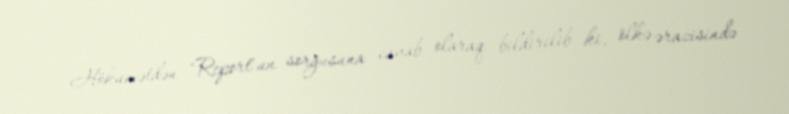
Hökumətdən "Report"un sorğusuna cavab olaraq bildirilib ki, ölkə ərazisində